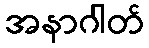
အနာဂါတ်